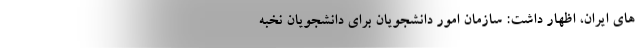
های ایران، اظهار داشت: سازمان امور دانشجویان برای دانشجویان نخبه